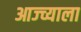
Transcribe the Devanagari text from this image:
आज्च्याला